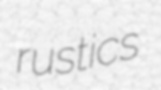
rustics